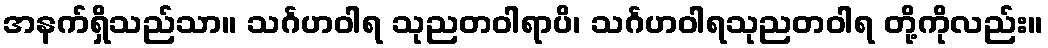
အနက်ရှိသည်သာ။ သင်္ဂဟဝါရ သုညတဝါရာပိ၊ သင်္ဂဟဝါရသုညတဝါရ တို့ကိုလည်း။